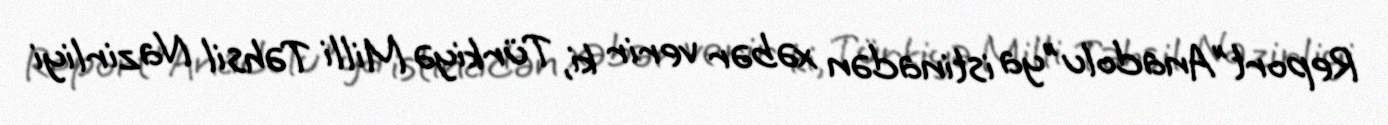
Report"Anadolu"ya istinadən xəbər verir ki, Türkiyə Milli Təhsil Nazirliyi